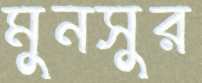
মুনসুর